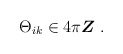
\begin{align*}\Theta_{ik} \in 4\pi{\mbox{\boldmath $Z$}}\;.\end{align*}